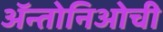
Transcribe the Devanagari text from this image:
ॲन्तोनिओची